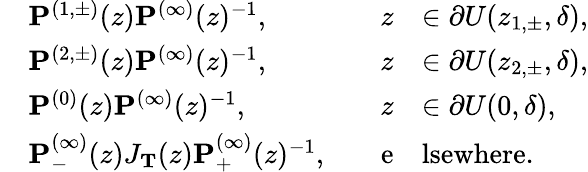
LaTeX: \begin{array}{rlrl}&{\mathbf{P}^{(1,\pm)}(z)\mathbf{P}^{(\infty)}(z)^{-1},\quad}&{z}&{\in\partial U(z_{1,\pm},\delta),}\\ &{\mathbf{P}^{(2,\pm)}(z)\mathbf{P}^{(\infty)}(z)^{-1},\quad}&{z}&{\in\partial U(z_{2,\pm},\delta),}\\ &{\mathbf{P}^{(0)}(z)\mathbf{P}^{(\infty)}(z)^{-1},\quad}&{z}&{\in\partial U(0,\delta),}\\ &{\mathbf{P}_{-}^{(\infty)}(z)J_{\mathbf{T}}(z)\mathbf{P}_{+}^{(\infty)}(z)^{-1},\quad}&{\mathrm{e}}&{\mathrm{lsewhere}.}\end{array}